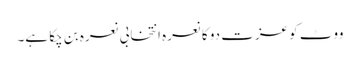
ووٹ کو عزت دو کا نعرہ انتخابی نعرہ بن چکا ہے۔